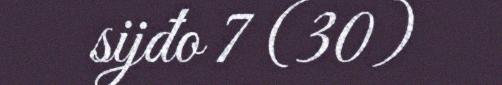
sijđo 7 (30)